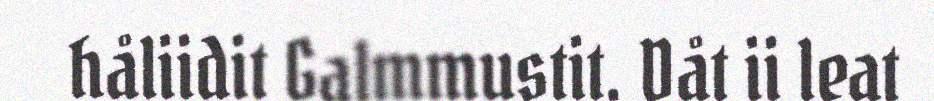
håliidit Galmmustit. Dåt ii leat